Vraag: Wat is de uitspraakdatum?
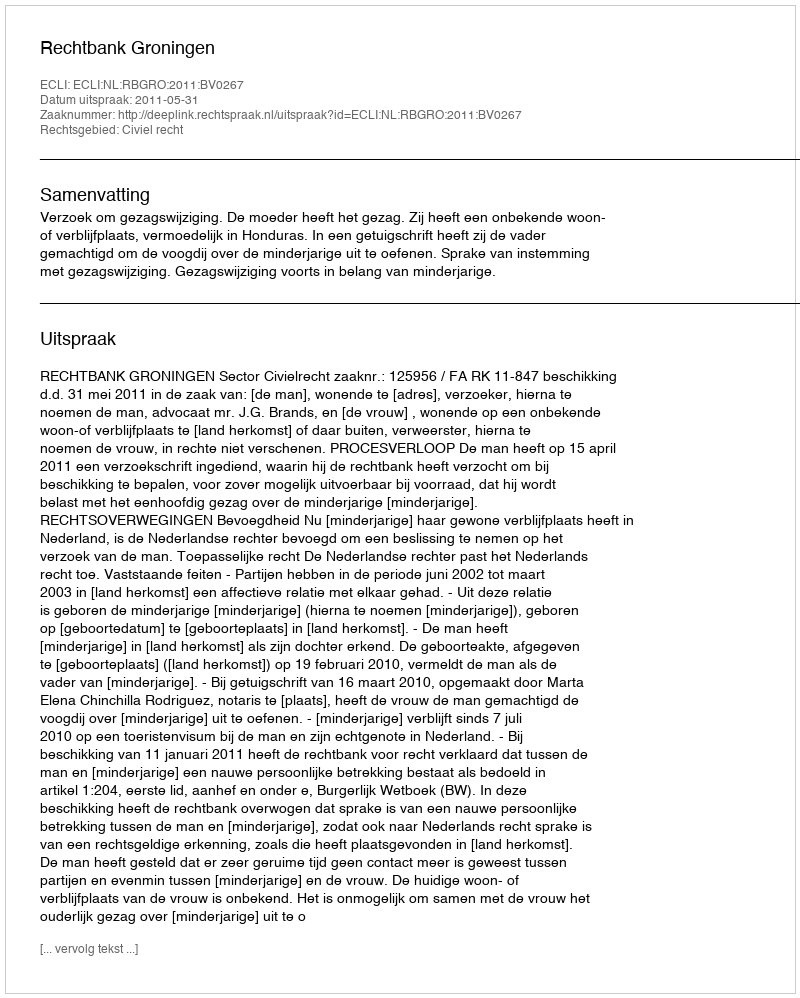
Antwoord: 2011-05-31